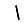
Digit: 1